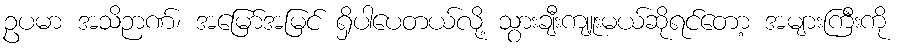
ဥပမာ အသိဉာဏ်၊ အမြော်အမြင် ရှိပါပေတယ်လို့ သွားချီးကျူးမယ်ဆိုရင်တော့ အများကြီးကို